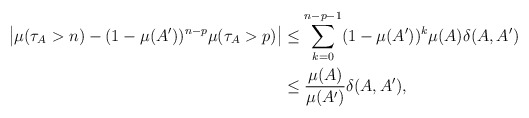
\begin{align*}\left|\mu(\tau_A>n)-(1-\mu(A'))^{n-p}\mu(\tau_A>p)\right|& \le \sum_{k=0}^{n-p-1}(1-\mu(A'))^k \mu(A)\delta(A, A')\\&\leq\frac{\mu(A)}{\mu(A')}\delta(A,A'),\end{align*}